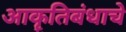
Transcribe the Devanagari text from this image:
आकॄतिबंधाचे